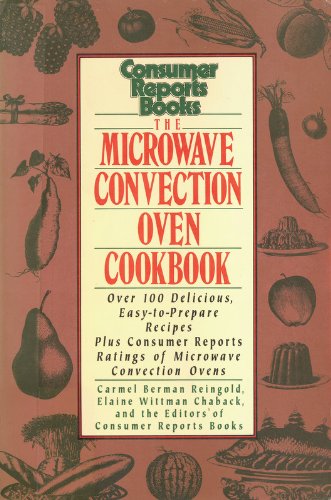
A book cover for Microwave Convection Oven Cookbook; Carmel Berman Reingold; Cookbooks, Food & Wine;